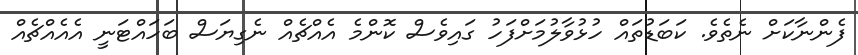
ފެންނާކަށް ނެތެވެ. ކަބަޑުތައް ހުޅުވާލުމަށްފަހު ގައިވެސް ކޮންމެ އެއްޗެއް ނެގިޔަސް ބަހައްޓަނީ އެއެއްޗެއް